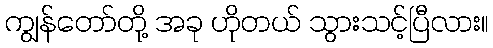
ကျွန်တော်တို့ အခု ဟိုတယ် သွားသင့်ပြီလား။